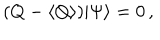
( Q - \langle Q \rangle ) | \Psi \rangle = 0 \, ,